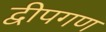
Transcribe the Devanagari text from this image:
द्वीपगण